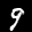
Label: 9